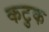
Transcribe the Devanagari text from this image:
कटुक